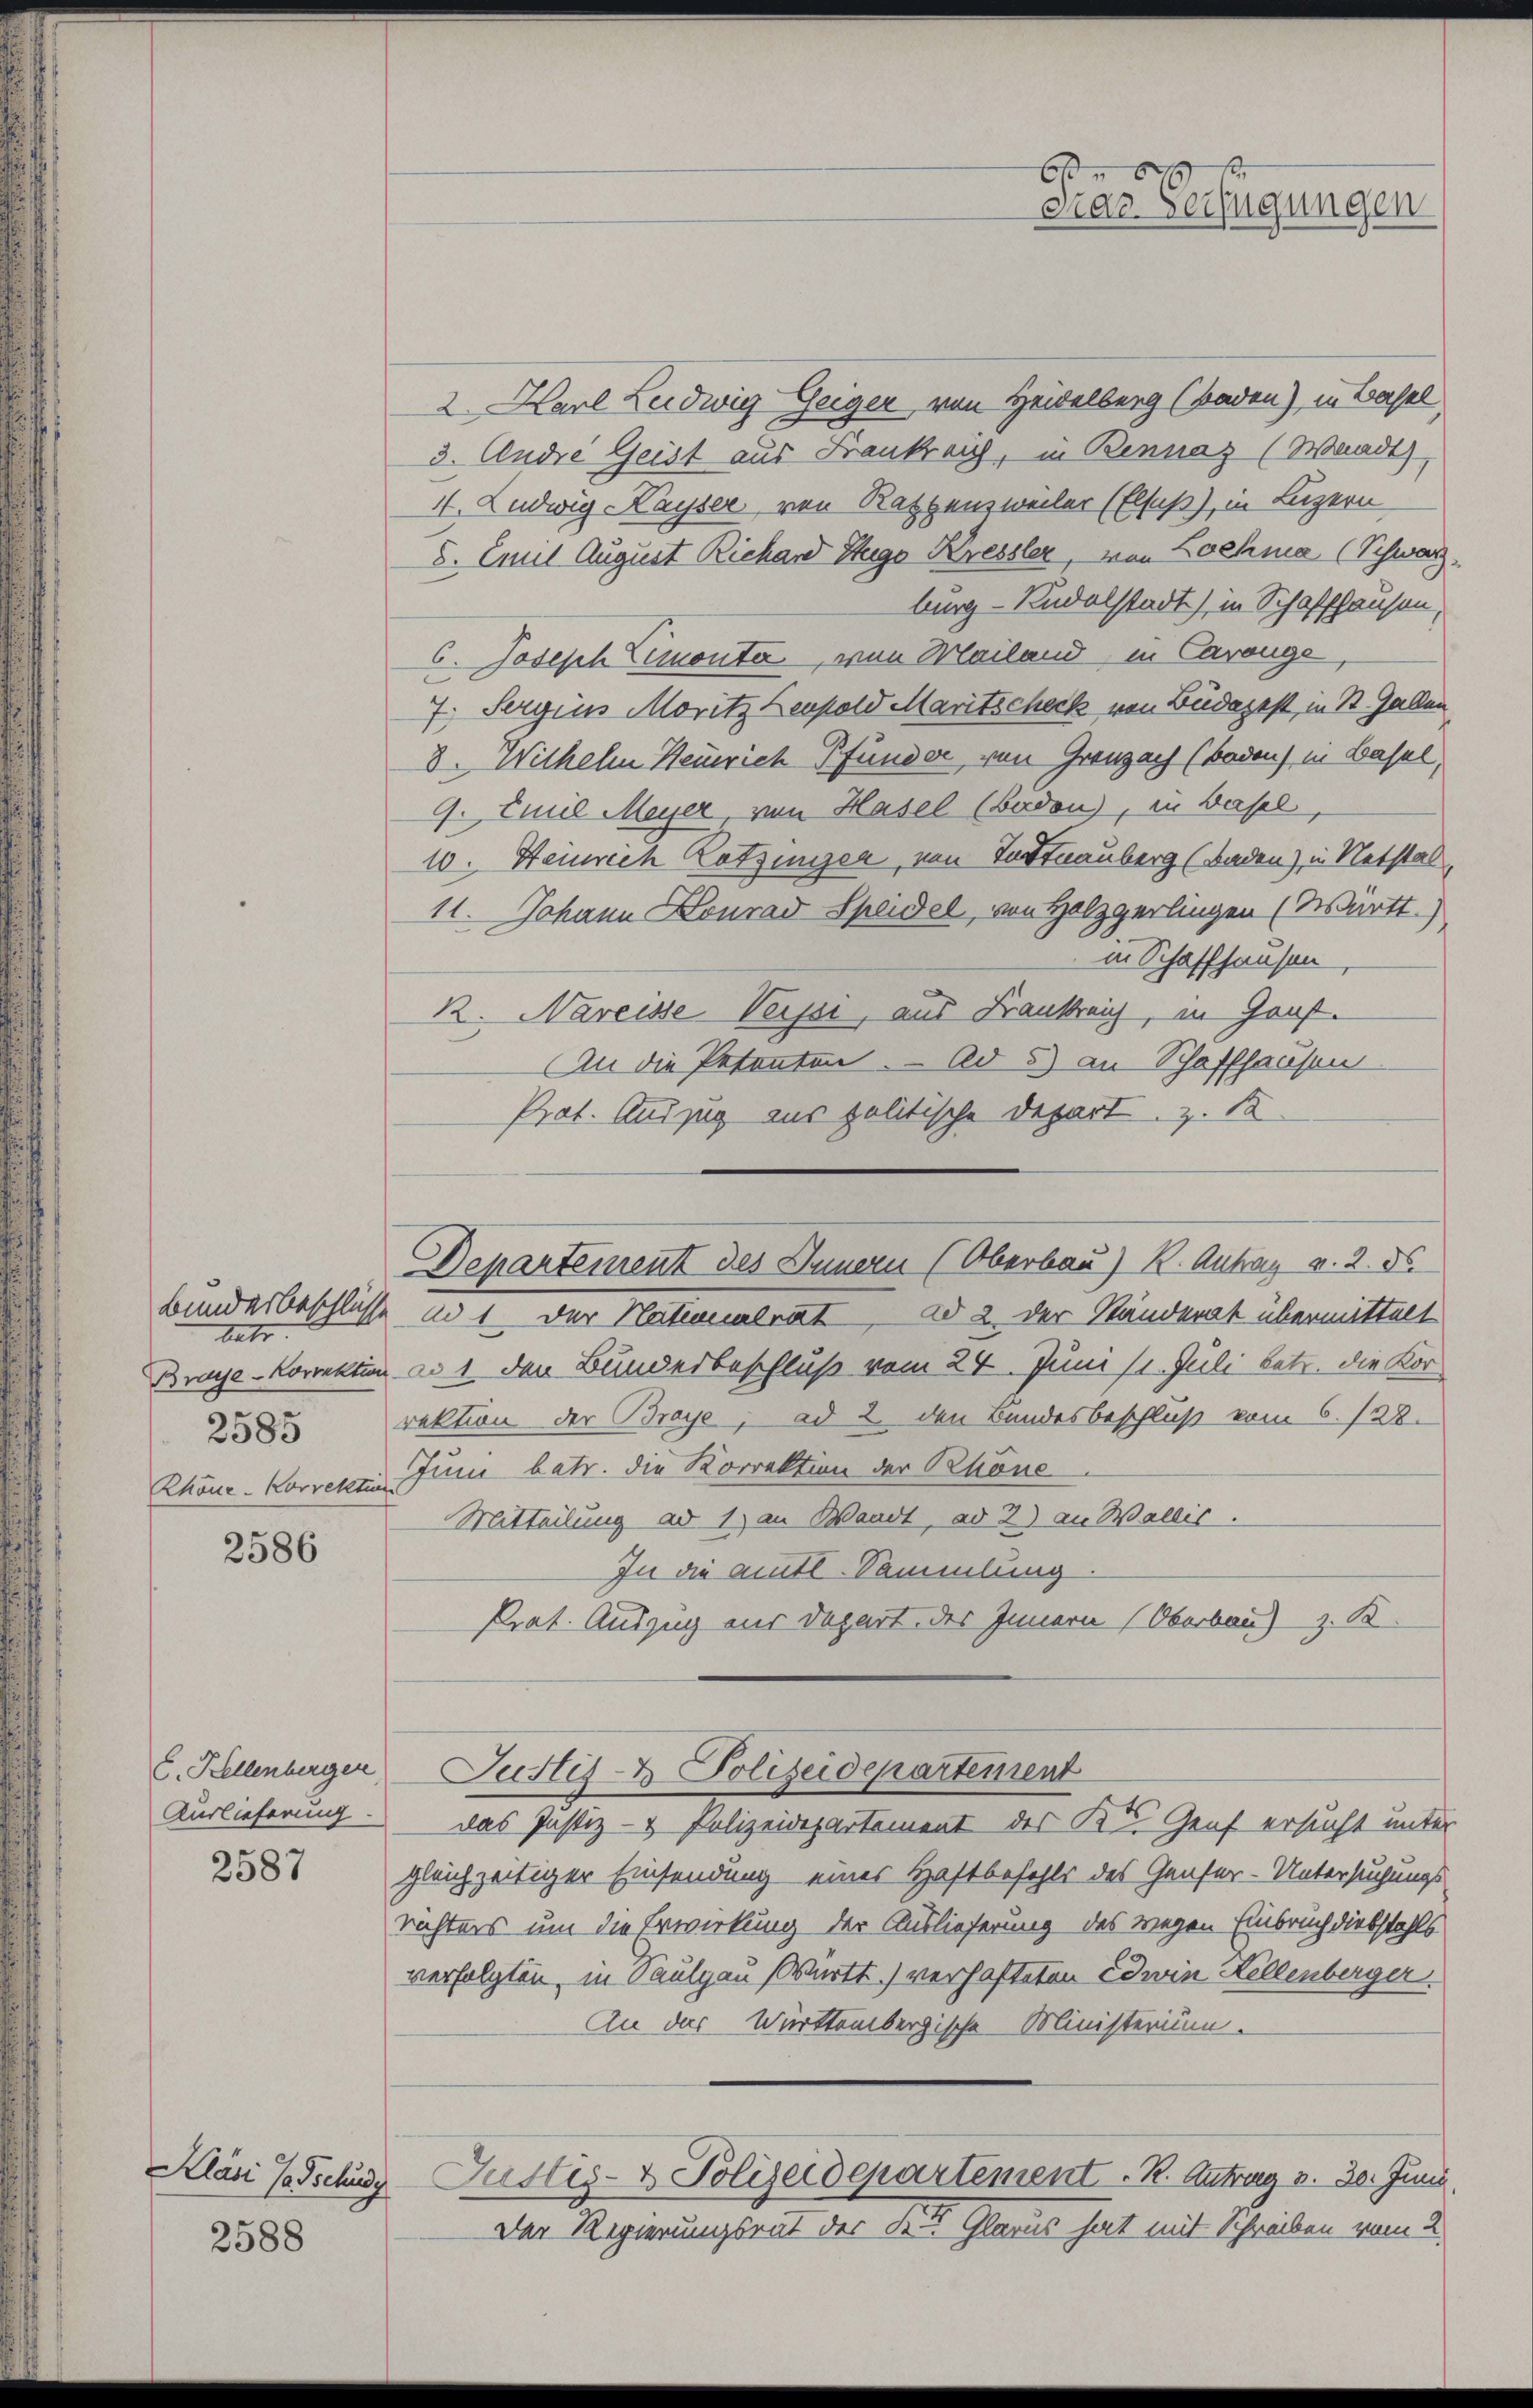
Bunderbeschlüsse
getr
2585

2586

C. Kellenberger
Auslieferung.
2587

Kläsi Todschuss

2588

2. Karl Leidwig Geiger von Heidelberg (Baden) in Basel
3. Andre Geist aus Bankreich, in Bennaz (Waadt)
11. Ludwig Kayser, von Rathensweiler (Elsaß, in Luzern
8. Emil August Richard Hugo Kressler, von Lochma (Schwarz.
burg - Rudolstadt) in Schaffhausen,
C. Joseph Simonta, von Mailand in Carouge
7. Sergins Moritz Leopold Maritscheck von Budapest, in St. Gallen
8. Wilhelm Heinrich Pfunder von Grenzach (Baden) in Basel,
9. Emil Meyer, von Hasel (Baden), in Basel
10. Heinrich Kotzinger, von Todtnauberg (Baden), in Notstal
11. Johann Conrad Speidel, von Holzgerlingen (Württ.)
in Schaffhausen
R. Nareisse Verfer, aus Frankreis, in Graf.
An die Petenten. - Ad 5 an Schaffhausen
Prot. Auszug aus politische Depart, z. B
Ad 1 der Nationalrat ad 2. der Ständerat übermittelt
Braye-Korrektum ad 1. den Bundesbeschluß vom 24. Juni 11. Juli betr. die Korrektion der Braye, ad 2 den Bundesbeschluß vom 6. 128.
Rhone-Korressen Juni betr. die Korrektion der Schöne
Mitteilung ad 1. an Waadt, ad 2) an Wallis.
In die amts-Sammlung
Prat. Auszug aus Depart des Innern (Oberbau) z. B.
Justiz- & Polizeidepartement
das Justiz- & Polizeidepartement der K. Genf ersucht unter
gleichzeitiger Einsendung eines Haftbefehls des Genfer-Untersuchungs-
richters um die Erwirkung der Auslieferung des wegen Einbruch diebstahls
verfolgten, in Kaulgau (Württ.) verhafteten Edwin Kellenberger
An das Württembergische Ministerium.
Justiz- & Polizeidepartement. R. Antrag v. 30. Juni.
Der Regierungsrat der St Glarus hat mit Schreiben vom 2.

6 f 0 x
cias Verfügungen

Departement des Innern (Oberbau) R. Antrag v. 2. ds.